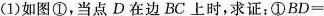
(1)如图①，当点D在边BC上时，求证：①$$B D =$$